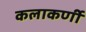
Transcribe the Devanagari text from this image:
कलाकर्णी